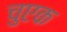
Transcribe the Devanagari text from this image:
चुएक